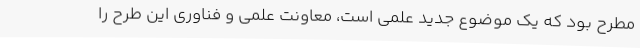
مطرح بود که یک موضوع جدید علمی است، معاونت علمی و فناوری این طرح را